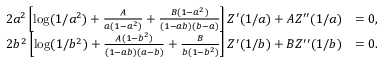
\begin{array} { r l } { 2 a ^ { 2 } \left[ \log ( 1 / a ^ { 2 } ) + { \frac { A } { a ( 1 - a ^ { 2 } ) } } + { \frac { B ( 1 - a ^ { 2 } ) } { ( 1 - a b ) ( b - a ) } } \right] Z ^ { \prime } ( 1 / a ) + A Z ^ { \prime \prime } ( 1 / a ) } & { = 0 , } \\ { 2 b ^ { 2 } \left[ \log ( 1 / b ^ { 2 } ) + { \frac { A ( 1 - b ^ { 2 } ) } { ( 1 - a b ) ( a - b ) } } + { \frac { B } { b ( 1 - b ^ { 2 } ) } } \right] Z ^ { \prime } ( 1 / b ) + B Z ^ { \prime \prime } ( 1 / b ) } & { = 0 . } \end{array}